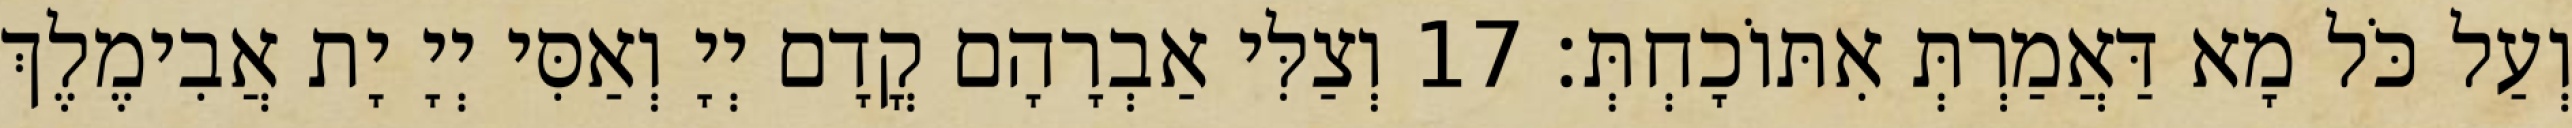
וְעַל כֹּל מָא דַּאֲמַרְתְּ אִתּוֹכָחְתְּ׃ 17 וְצַלִּי אַבְרָהָם קֳדָם יְיָ וְאַסִּי יְיָ יָת אֲבִימֶלֶךְ